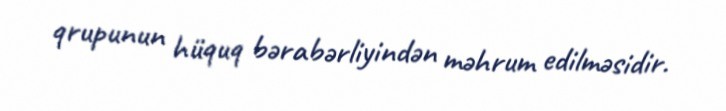
qrupunun hüquq bərabərliyindən məhrum edilməsidir.